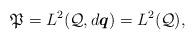
LaTeX: \begin{align*}\mathfrak{P}=L^2(\mathcal{Q}, d {\boldsymbol q})=L^2(\mathcal{Q}),\end{align*}